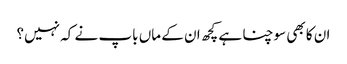
ان کا بھی سوچنا ہے کچھ ان کے ماں باپ نے کہ نہیں؟